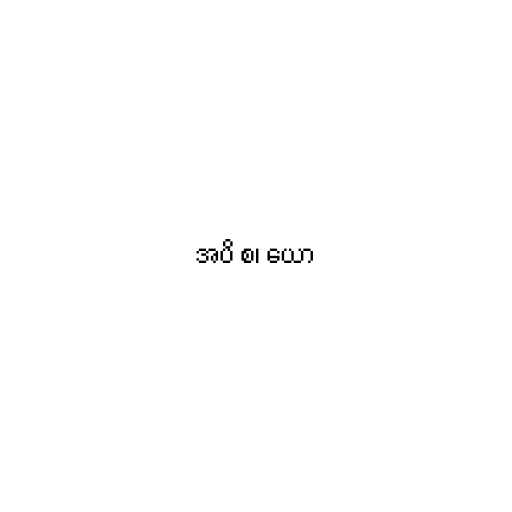
အပိ စ၊ ယော